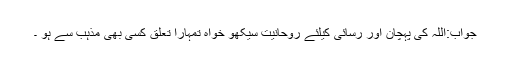
جواب:اللہ کی پہچان اور رسائی کیلئے روحانیت سیکھو خواہ تمہارا تعلق کسی بھی مذہب سے ہو ۔